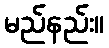
မည်နည်း။